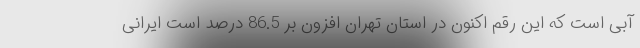
آبی است که این رقم اکنون در استان تهران افزون بر 86.5 درصد است ایرانی